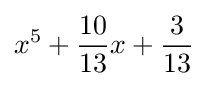
x^{5}+{\frac {10}{13}}x+{\frac {3}{13}}